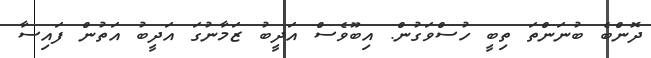
ދޮންބެ ބުނަންތަ ތިބީ ހުސްވަގުން. އިބޫވެސް އަދީބު ޒަމާނުގަ އަދީބު އަތުން ފައިސާ